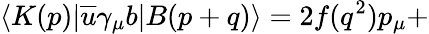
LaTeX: \langle K(p)|\overline{{{u}}}\gamma_{\mu}b|B(p+q)\rangle=2f(q^{2})p_{\mu}+